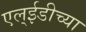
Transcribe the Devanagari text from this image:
एल्ईडीच्या